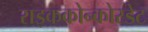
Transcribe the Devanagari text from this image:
राइककोन्कोरडेट